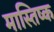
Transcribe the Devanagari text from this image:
मास्तिष्क